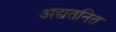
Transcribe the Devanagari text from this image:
अद्यतनित